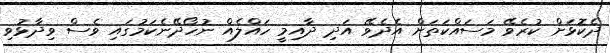
ދެކޮޅަށް ކުރެވޭ މަސައްކަތަށް އެދެވޭ އަދި ދާއިމީ ހައްލެއް ނުހޯދޭނެކަމުގައި ވެސް ވިދާޅުވި